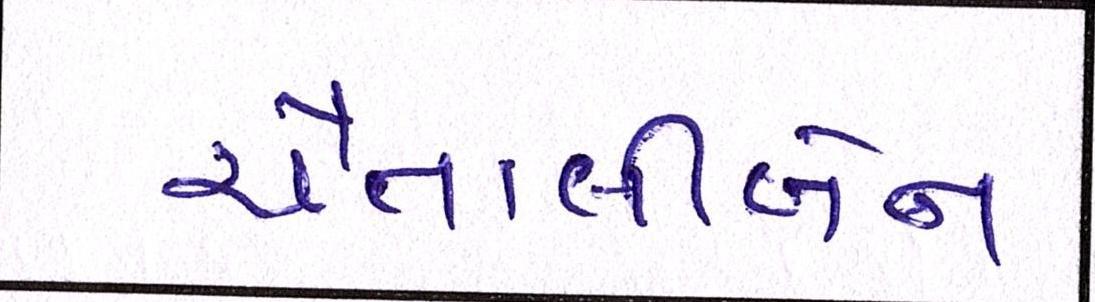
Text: ચૈતાલીબેન